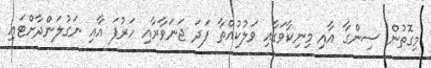
މިގޮތުން ސިންގާ އާއި މިނިކާވަގާއި ވަލުކުއްތާ ފަދަ ޖަނަވާރާއި ހަރުފަ އާއި ނަގުލަންދާށްޓައި